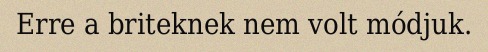
Erre a briteknek nem volt módjuk.